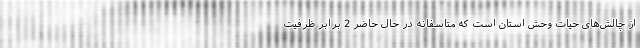
از چالش‌های حیات وحش استان است که متاسفانه در حال حاضر 2 برابر ظرفیت